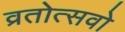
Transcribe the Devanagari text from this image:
व्रतोत्सवो